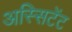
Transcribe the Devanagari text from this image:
अस्सिटेंट